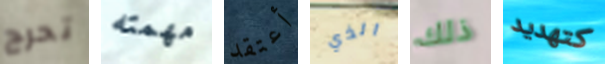
تحرج مهمته أعتقد الذي ذلك كتهديد